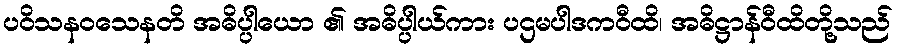
ပဝိသနဝသေနတိ အဓိပ္ပါယော ၏ အဓိပ္ပါယ်ကား ပဌမပါဒကဝီထိ၊ အဓိဋ္ဌာန်ဝီထိတို့သည်